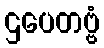
ဌပေတဗ္ဗံ